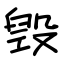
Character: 毁